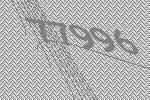
77996